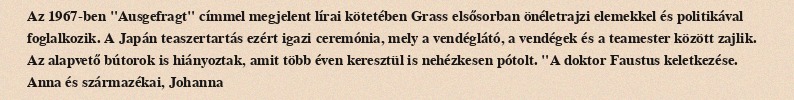
Az 1967-ben "Ausgefragt" címmel megjelent lírai kötetében Grass elsősorban önéletrajzi elemekkel és politikával foglalkozik. A Japán teaszertartás ezért igazi ceremónia, mely a vendéglátó, a vendégek és a teamester között zajlik. Az alapvető bútorok is hiányoztak, amit több éven keresztül is nehézkesen pótolt. "A doktor Faustus keletkezése. Anna és származékai, Johanna